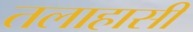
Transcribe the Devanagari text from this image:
तलाहासी